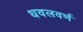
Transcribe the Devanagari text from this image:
धवलवर्ण